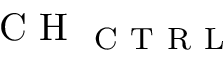
\mathrm { ~ C ~ H ~ } _ { \mathrm { ~ C ~ T ~ R ~ L ~ } }